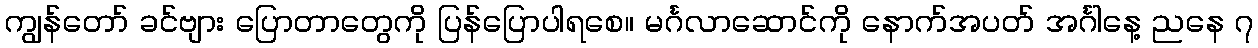
ကျွန်တော် ခင်ဗျား ပြောတာတွေကို ပြန်ပြောပါရစေ။ မင်္ဂလာဆောင်ကို နောက်အပတ် အင်္ဂါနေ့ ညနေ ၇